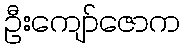
ဦးကျော်ဇောက